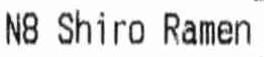
N8 SHIRO RAMEN